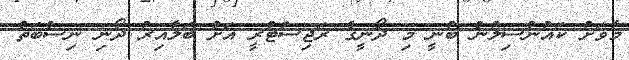
މާވަށު ކައުންސިލުން ބުނީ މި ދޯނީގެ ރަޖިސްޓްރީ އަށް ބަލާއިރު ދޯނި ނިސްބަތް